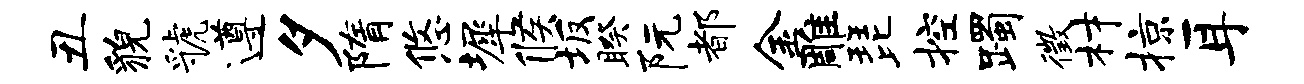
丑貌虢遵夕隋悠墀候坂睽阮都金雕琵控躅徵材掠耳